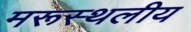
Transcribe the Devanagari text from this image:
मरूस्‍थलीय